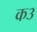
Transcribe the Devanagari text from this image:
क३